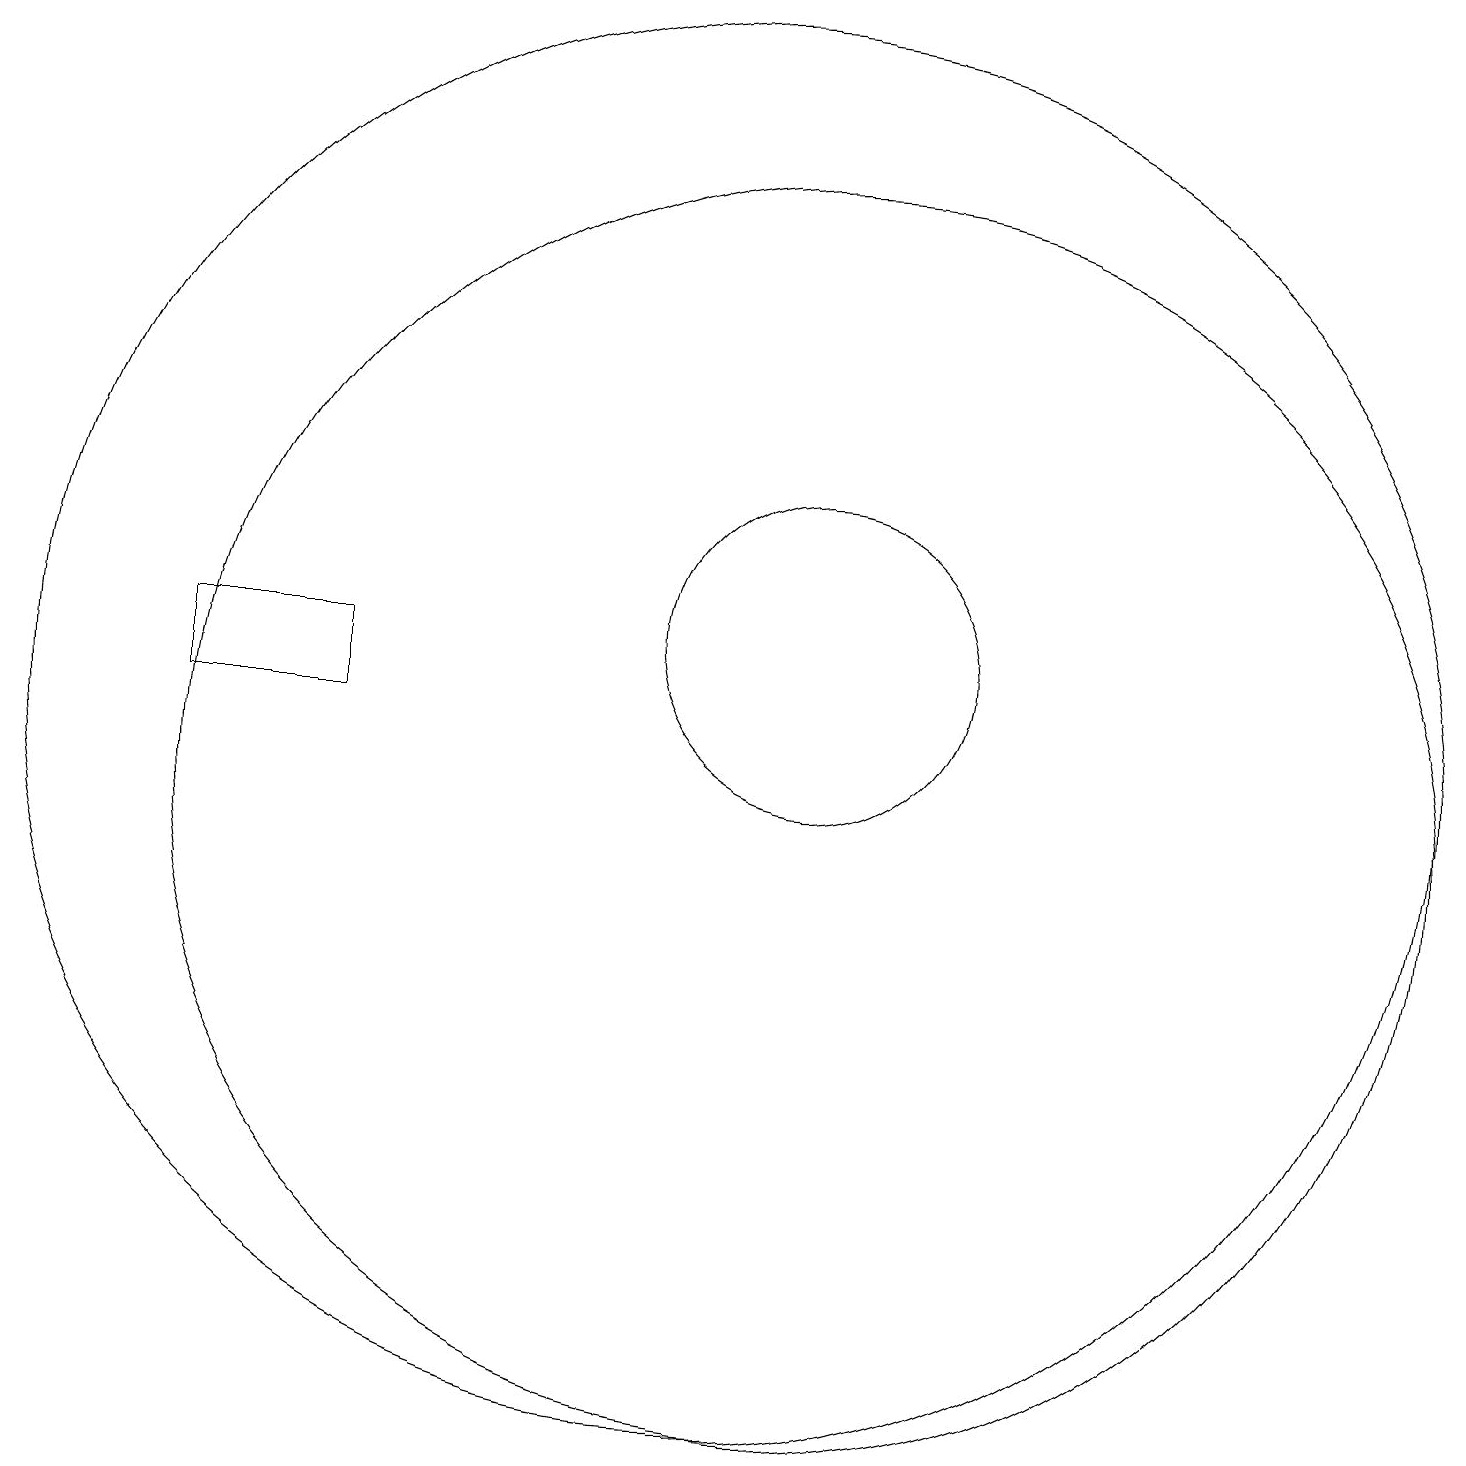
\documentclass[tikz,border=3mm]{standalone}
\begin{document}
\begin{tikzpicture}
\draw (10,11) circle (9);
\draw (11,10) circle (8);
\draw (11,12) circle (2);
\draw (5,11) rectangle (3,12);
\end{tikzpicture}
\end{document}